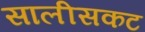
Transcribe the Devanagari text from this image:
सालीसकट